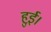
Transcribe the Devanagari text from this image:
हुई़़।